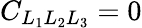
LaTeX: C_{L_{1}L_{2}L_{3}}=0